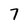
Character: 7